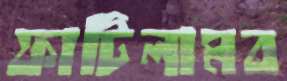
ফাটিলামব